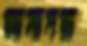
আসাদরা